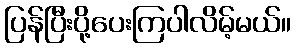
ပြန်ပြီးပို့ပေးကြပါလိမ့်မယ်။